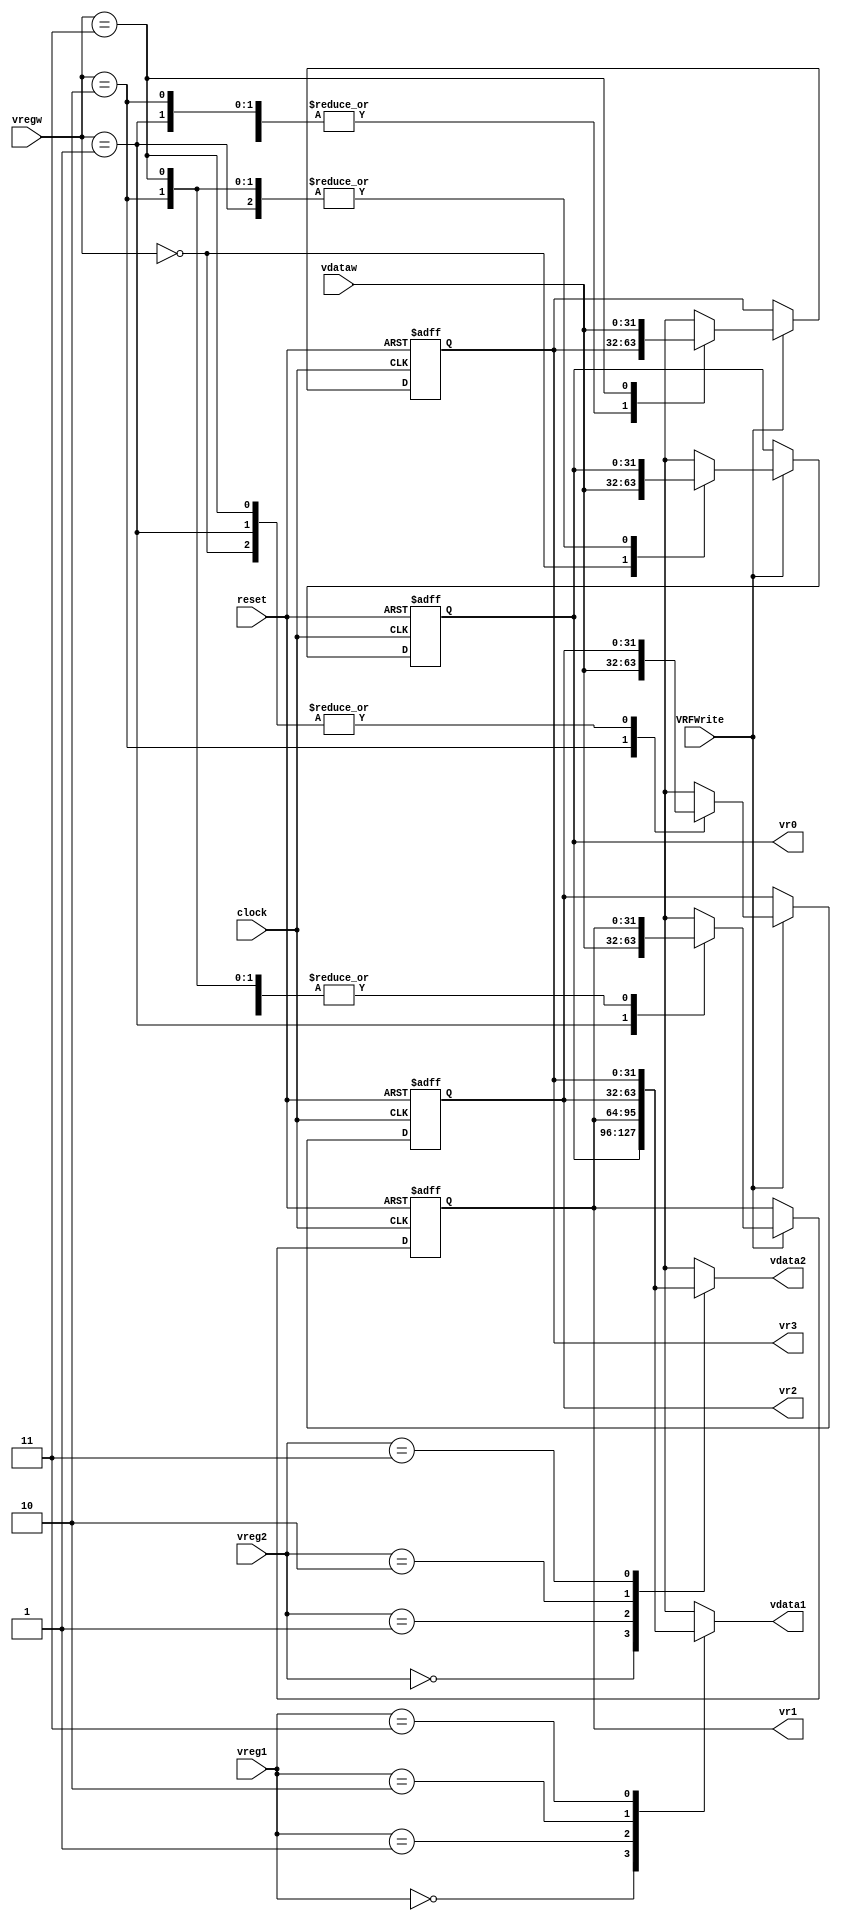
// ---------------------------------------------------------------------
// Copyright (c) 2007 by University of Toronto ECE 243 development team 
// ---------------------------------------------------------------------
//
// Major Functions:	Registers memory stores four 8-bits data
//					 
// Input(s):		1. reset: 	clear registers value to zero
//					2. clock: 	data written at positive clock edge
//					3. reg1:	indicate which register will be 
//					   			output through (output)data1
//					4. reg2:	indicate which register will be 
//								output through (output)data2
//					5. regw:	indicate which register will be 
//								overwritten with the data from
//								(input)dataw
//					6. dataw:	input data to be written into register
//					7. RFWrite:	write enable single, allow the data to
//								be written at the positive edge
//
// Output(s):		1. data1:	data output of the register (input)reg1
//					2. data2:	data output of the register (input)reg2
//					3. r0-r3:	data stored by register0 to register3
//
// ---------------------------------------------------------------------

module VRF
(
clock, vreg1, vreg2, vregw,
vdataw, VRFWrite, vdata1, vdata2,
vr0, vr1, vr2, vr3, reset
);

// ------------------------ PORT declaration ------------------------ //
input clock;
input [1:0] vreg1, vreg2, vregw;
input [31:0] vdataw;
input VRFWrite;
input reset;
output [31:0] vdata1, vdata2;
output [31:0] vr0, vr1, vr2, vr3;

// ------------------------- Registers/Wires ------------------------ //
reg [31:0] vk0, vk1, vk2, vk3;
reg [31:0] vdata1_tmp, vdata2_tmp;

// Asynchronously read data from two registers
always @(*)
begin
	case (vreg1)
		0: vdata1_tmp = vk0;
		1: vdata1_tmp = vk1;
		2: vdata1_tmp = vk2;
		3: vdata1_tmp = vk3;
	endcase
	case (vreg2)
		0: vdata2_tmp = vk0;
		1: vdata2_tmp = vk1;
		2: vdata2_tmp = vk2;
		3: vdata2_tmp = vk3;
	endcase
end

// Synchronously write data to the register file;
// also supports an asynchronous reset, which clears all registers
always @(posedge clock or posedge reset)
begin
	if (reset) begin
		vk0 = 0;
		vk1 = 0;
		vk2 = 0;
		vk3 = 0;
	end	else begin
		if (VRFWrite) begin
			case (vregw)
				0: vk0 = vdataw;
				1: vk1 = vdataw;
				2: vk2 = vdataw;
				3: vk3 = vdataw;
			endcase
		end
	end
end

// Assign temporary values to the outputs
assign vdata1 = vdata1_tmp;
assign vdata2 = vdata2_tmp;

assign vr0 = vk0;
assign vr1 = vk1;
assign vr2 = vk2;
assign vr3 = vk3;

endmodule